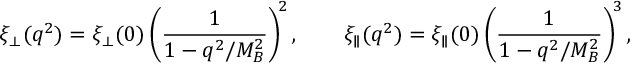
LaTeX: \xi _ { \perp } ( q ^ { 2 } ) = \xi _ { \perp } ( 0 ) \left( \frac { 1 } { 1 - q ^ { 2 } / M _ { B } ^ { 2 } } \right) ^ { \! 2 } , \qquad \xi _ { \parallel } ( q ^ { 2 } ) = \xi _ { \parallel } ( 0 ) \left( \frac { 1 } { 1 - q ^ { 2 } / M _ { B } ^ { 2 } } \right) ^ { \! 3 } ,